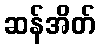
ဆန်အိတ်